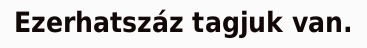
Ezerhatszáz tagjuk van.